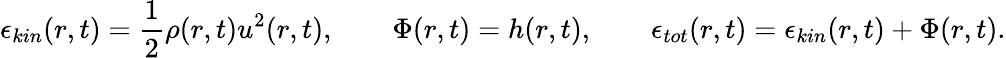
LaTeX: \epsilon_{kin}(r,t)=\frac{1}{2}\rho(r,t)u^{2}(r,t),\qquad\Phi(r,t)=h(r,t),\qquad\epsilon_{tot}(r,t)=\epsilon_{kin}(r,t)+\Phi(r,t).